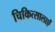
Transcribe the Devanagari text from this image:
चिकित्सालाएँ